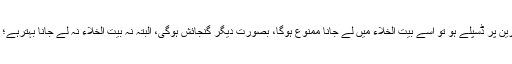
اگر قرآنی اپیلی کیشن موبائل اسکرین پر ڈسپلے ہو تو اسے بیت الخلاء میں لے جانا ممنوع ہوگا، بصورتِ دیگر گنجائش ہوگی، البتہ نہ بیت الخلاء نہ لے جانا بہترہے؛ تاکہ بے ادبی کا شائبہ بھی نہ ہو۔